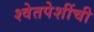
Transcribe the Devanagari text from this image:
श्वेतपेशींची